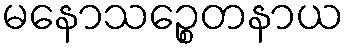
မနောသဉ္စေတနာယ